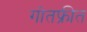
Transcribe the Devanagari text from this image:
गोतफ्रीत